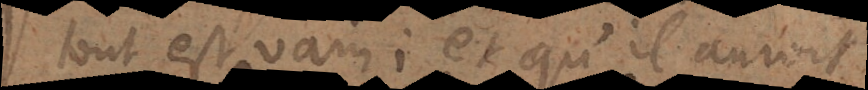
tout est vain; et qu’il auroit